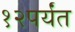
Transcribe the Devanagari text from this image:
१२पर्यंत